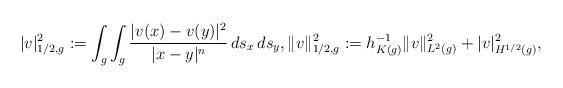
LaTeX: \begin{align*} |v|_{1/2,g}^2 :=\int_g\int_g \frac{|v(x)-v(y)|^2}{|x-y|^{n}} \,ds_x\,ds_y, \|v\|_{1/2,g}^2 := h_{K(g)}^{-1}\|v\|_{L^2(g)}^2 + |v|_{H^{1/2}(g)}^2,\end{align*}